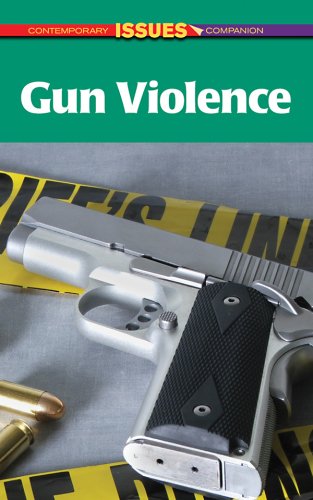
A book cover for Gun Violence (Contemporary Issues Companion); Stefan Kiesbye; Teen & Young Adult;